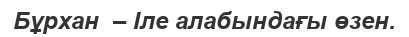
Бұрхан  – Іле алабындағы өзен.